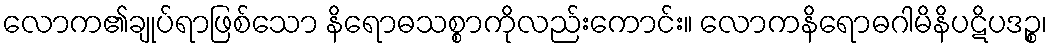
လောက၏ချုပ်ရာဖြစ်သော နိရောဓသစ္စာကိုလည်းကောင်း။ လောကနိရောဓဂါမိနိပဋိပဒဉ္စ၊